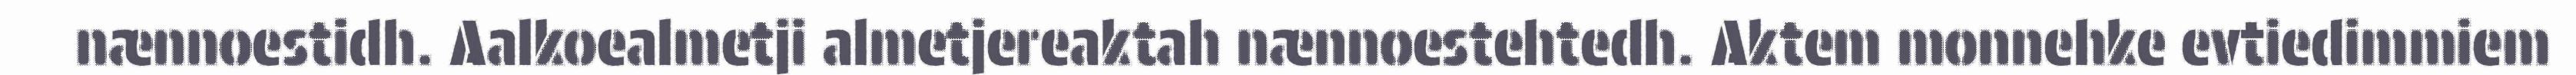
nænnoestidh. Aalkoealmetji almetjereaktah nænnoestehtedh. Aktem monnehke evtiedimmiem